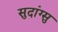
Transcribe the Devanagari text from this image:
सुदांग्सु